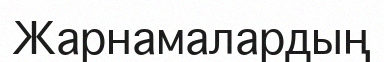
Жарнамалардың